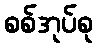
စစ်အုပ်စု